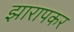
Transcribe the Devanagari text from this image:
झारापकर